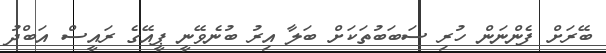
ބޭރަށް ފެންނަން ހުރި ސަބަބުތަކަށް ބަލާ އިރު ބުނެވޭނީ ޕީއޭގެ ރައީސް އަބްދު